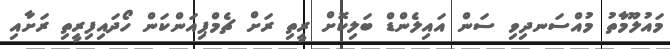
މައުލޫމާތު މުއްސަނދިވި ސަން އައިލެންޑް ބަލިކޮށް ރީތި ރަށް ޗެމްޕިއަންކަން ހޯދައިފިރީތި ރަށާއި